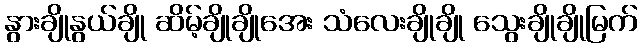
နွားချိုနွယ်ချို ဆိမ့်ချိုချိုအေး သံလေးချိုချို သွေးချိုချိုမြက်